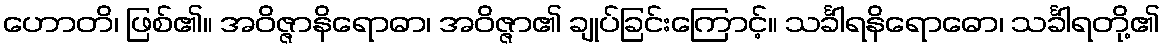
ဟောတိ၊ ဖြစ်၏။ အဝိဇ္ဇာနိရောဓာ၊ အဝိဇ္ဇာ၏ ချုပ်ခြင်းကြောင့်။ သင်္ခါရနိရောဓော၊ သင်္ခါရတို့၏